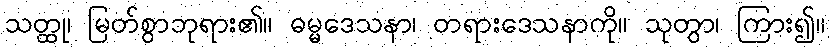
သတ္ထု၊ မြတ်စွာဘုရား၏။ ဓမ္မဒေသနာ၊ တရားဒေသနာကို။ သုတွာ၊ ကြား၍။